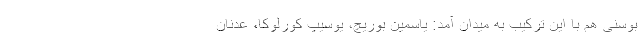
بوسنی هم با این ترکیب به میدان آمد: یاسمین بوریچ، یوسیپ کورلوکا، عدنان